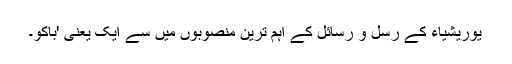
یوریشیاء کے رسل و رسائل کے اہم ترین منصوبوں میں سے ایک یعنی 'باکو۔